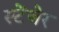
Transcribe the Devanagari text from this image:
स्टेंजेर